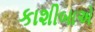
કાશીબાએ